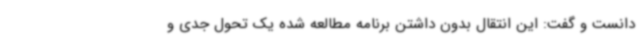
دانست و گفت: این انتقال بدون داشتن برنامه مطالعه شده یک تحول جدی و